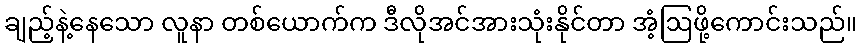
ချည့်နဲ့နေသော လူနာ တစ်ယောက်က ဒီလိုအင်အားသုံးနိုင်တာ အံ့ဩဖို့ကောင်းသည်။